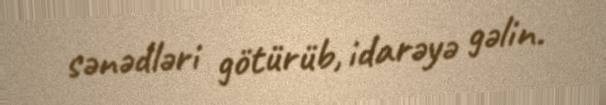
sənədləri götürüb, idarəyə gəlin.